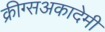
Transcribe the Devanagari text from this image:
क्रीग्सअकादेमी